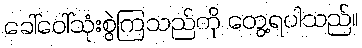
ခေါ်ဝေါ်သုံးစွဲကြသည်ကို တွေ့ရပါသည်။